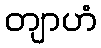
တျာဟံ